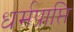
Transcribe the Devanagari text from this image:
धर्मप्राप्ति